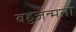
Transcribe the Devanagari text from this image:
बहुजन्मता